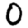
Digit: 0